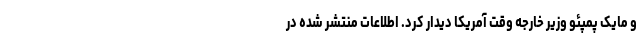
و مایک پمپئو وزیر خارجه وقت آمریکا دیدار کرد. اطلاعات منتشر شده در